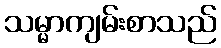
သမ္မာကျမ်းစာသည်